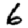
Digit: 6